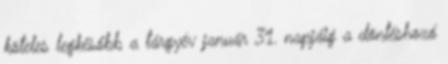
köteles legkésőbb a tárgyév január 31. napjáig a döntéshozó